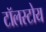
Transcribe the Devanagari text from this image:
टॉलस्टोय